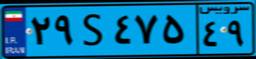
۸۷S۶۶۸۶۸